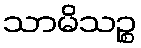
သာမိသဉ္စ